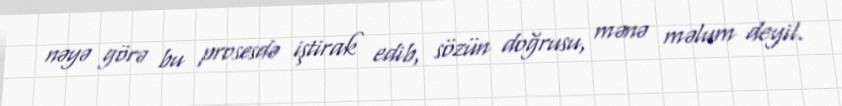
nəyə görə bu prosesdə iştirak edib, sözün doğrusu, mənə məlum deyil.